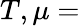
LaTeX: T,\mu=